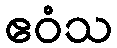
ဧဝံသ